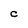
Character: C